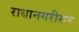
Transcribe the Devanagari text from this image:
राधानगरीसह